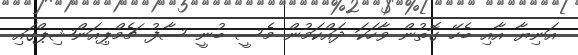
އަނިޔާ އާއި ބެހޭ ގޮތުން ވާހަކަ ދައްކަމުން މެސީ ބުނީ ސާފު ޗެމްޕިއަންޝިޕްގައި